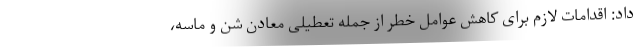
داد: اقدامات لازم برای کاهش عوامل خطر از جمله تعطیلی معادن شن و ماسه،